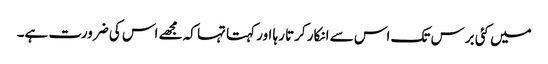
میں کئی برس تک اس سے انکار کرتا رہا اور کہتا تہا کہ مجھے اس کی ضرورت ہے۔